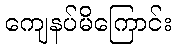
ကျေနပ်မိကြောင်း